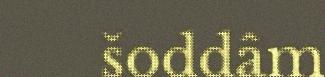
šoddâm